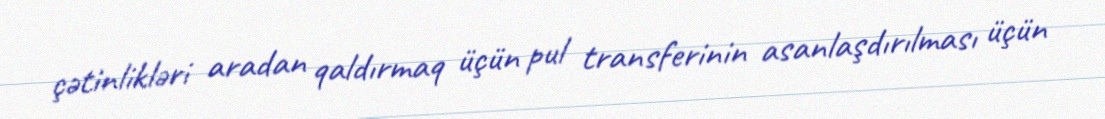
çətinlikləri aradan qaldırmaq üçün pul transferinin asanlaşdırılması üçün